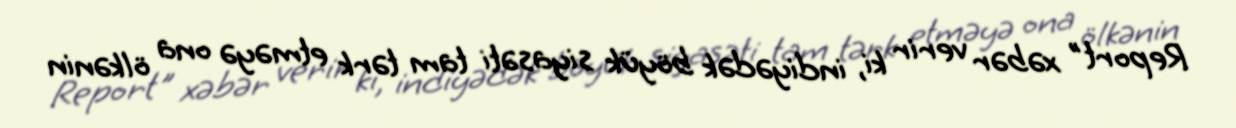
Report" xəbər verir ki, indiyədək böyük siyasəti tam tərk etməyə ona ölkənin